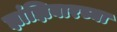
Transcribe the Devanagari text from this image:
झांझिबारच्या